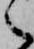
之